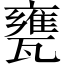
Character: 甕